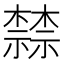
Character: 𬄷